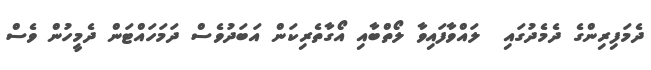
ދެމަފިރިންގެ ދެމެދުގައި  ލައްވާފައިވާ ލޯތްބާއި އޯގާތެރިކަން އަބަދުވެސް ދަމަހައްޓަން ދެމީހުން ވެސް